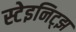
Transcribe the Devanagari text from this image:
स्टेइनिट्झ